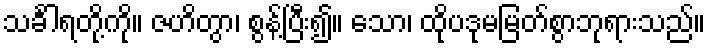
သင်္ခါရတို့ကို။ ဇဟိတွာ၊ စွန့်ပြီး၍။ သော၊ ထိုပဒုမမြတ်စွာဘုရားသည်။